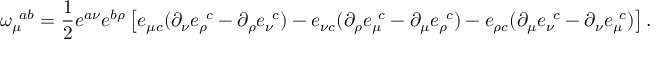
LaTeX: \omega _ { \mu } ^ { \ a b } = \frac { 1 } { 2 } e ^ { a \nu } e ^ { b \rho } \left[ e _ { \mu c } ( \partial _ { \nu } e _ { \rho } ^ { \ c } - \partial _ { \rho } e _ { \nu } ^ { \ c } ) - e _ { \nu c } ( \partial _ { \rho } e _ { \mu } ^ { \ c } - \partial _ { \mu } e _ { \rho } ^ { \ c } ) - e _ { \rho c } ( \partial _ { \mu } e _ { \nu } ^ { \ c } - \partial _ { \nu } e _ { \mu } ^ { \ c } ) \right] .